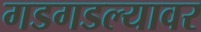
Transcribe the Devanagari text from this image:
गडगडल्यावर